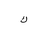
Letter: _kaf